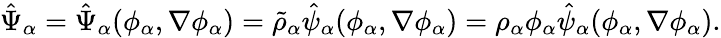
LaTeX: \begin{array}{r}{\hat{\Psi}_{\alpha}=\hat{\Psi}_{\alpha}(\phi_{\alpha},\nabla\phi_{\alpha})=\tilde{\rho}_{\alpha}\hat{\psi}_{\alpha}(\phi_{\alpha},\nabla\phi_{\alpha})=\rho_{\alpha}\phi_{\alpha}\hat{\psi}_{\alpha}(\phi_{\alpha},\nabla\phi_{\alpha}).}\end{array}